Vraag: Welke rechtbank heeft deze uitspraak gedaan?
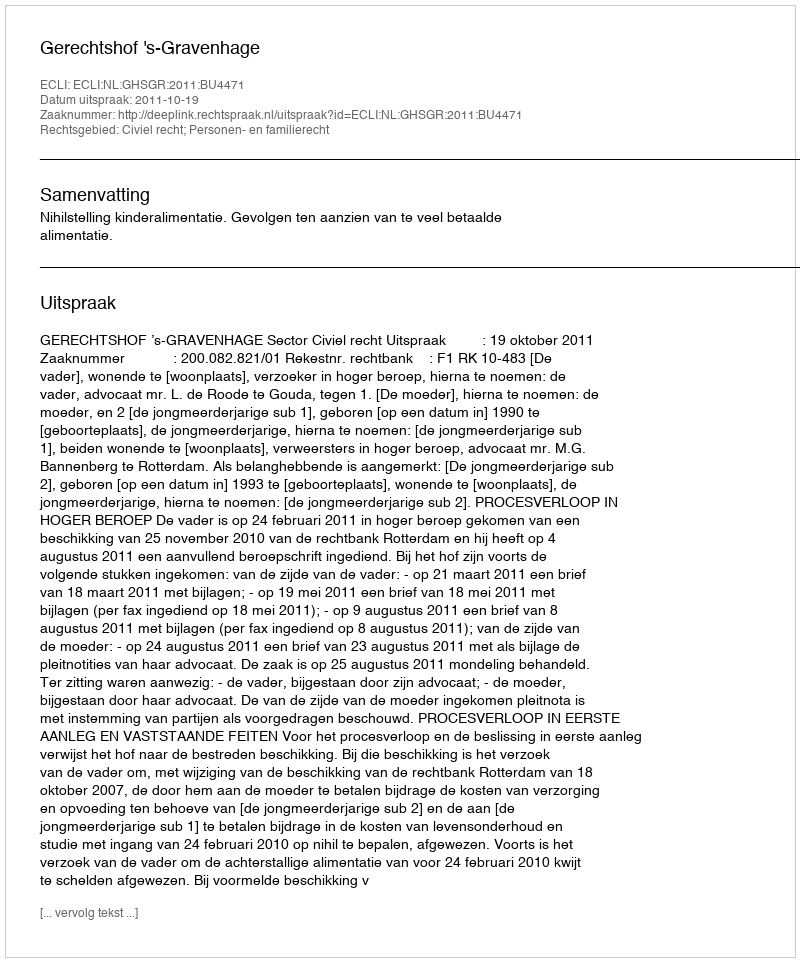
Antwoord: Gerechtshof 's-Gravenhage